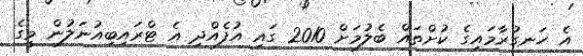
އެ ހަނގުރާމައިގެ ކުށްތައް ބެލުމަށް 2010 ގައި އުފެއްދި އެ ޓްރައިބިއުނަލުން މީގެ